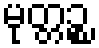
မုတ္တဉ္စ